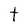
Character: t